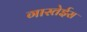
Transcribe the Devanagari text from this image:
गास्तेईस